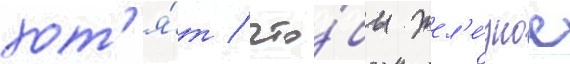
хот'я́т / что́бы жел'е́зное